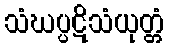
သံဃပ္ပဋိသံယုတ္တံ